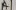
Text: A1